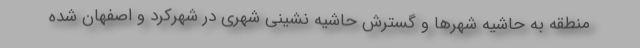
منطقه به حاشیه شهرها و گسترش حاشیه نشینی شهری در شهرکرد و اصفهان شده